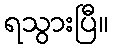
ရသွားပြီ။